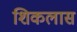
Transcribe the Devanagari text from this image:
शिकलास